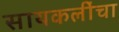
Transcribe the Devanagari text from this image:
सायकलींचा